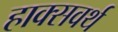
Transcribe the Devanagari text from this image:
हाक्सवर्थ